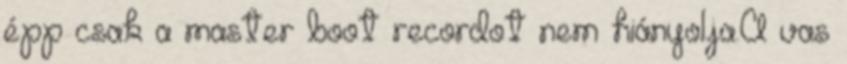
épp csak a master boot recordot nem hiányolja.A vas